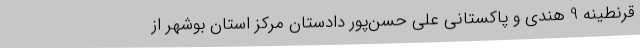
قرنطینه 9 هندی و پاکستانی علی حسن‌پور دادستان مرکز استان بوشهر از